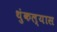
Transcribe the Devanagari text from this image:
थुंकल्यास